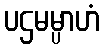
ပဌမမ္ပာဟံ